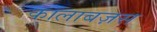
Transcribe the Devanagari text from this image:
कालाबज़स